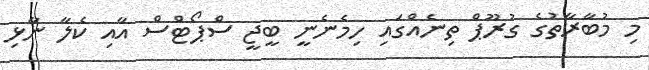
މި މުބާރާތުގެ ގުރޫޕް ތިނެއްގައި ހިމެނެނީ ބީޖީ ސްޕޯޓްސް އާއި ކެލާ ނާޅި